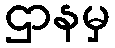
ဌာနမှ